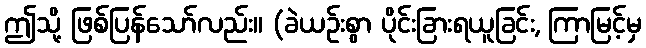
ဤသို့ ဖြစ်ပြန်သော်လည်း။ (ခဲယဉ်းစွာ ပိုင်းခြားရယူခြင်း, ကြာမြင့်မှ